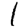
Digit: 1